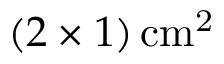
( 2 \times 1 ) \, \mathrm { c m ^ { 2 } }